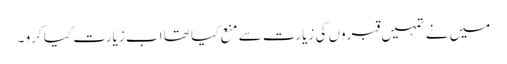
میں نے تمہیں قبروں کی زیارت سے منع کیا تھا اب زیارت کیا کرو ۔